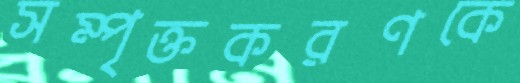
সম্পৃক্তকরণকে